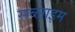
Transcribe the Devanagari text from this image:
सब्लाइम